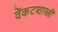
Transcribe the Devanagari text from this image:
वेंकटशास्त्री